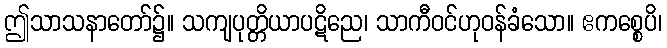
ဤသာသနာတော်၌။ သကျပုတ္တိယာပဋိညေ၊ သာကီဝင်ဟုဝန်ခံသော။ ဧကစ္စေပိ၊